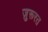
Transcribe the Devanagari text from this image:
ज़ुरूरत